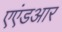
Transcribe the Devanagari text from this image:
एएंडआर